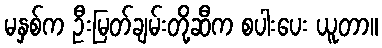
မနှစ်က ဦးမြတ်ချမ်းတို့ဆီက စပါးပေး ယူတာ။